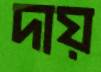
দায়